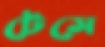
টেসে